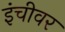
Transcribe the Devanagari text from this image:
इंचीवर